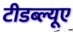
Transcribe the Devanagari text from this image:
टीडब्ल्यूए